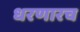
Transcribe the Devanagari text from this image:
धरणारच